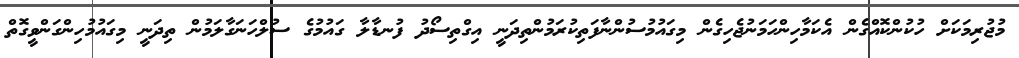
މުޖުރިމަކަށް ހުކުންކޮއްގެން އެކަމާހިންހަމަނުޖެހިގެން މިގައުމުސުންނާފަތިކުރަމުންތިދަނީ އިގްތިސޯދު ފުނޑާލާ ގައުމުގެ ސުލްހަނަގާލަމުން ތިދަނީ މިގައުމުހިންގަންވީގޮތް